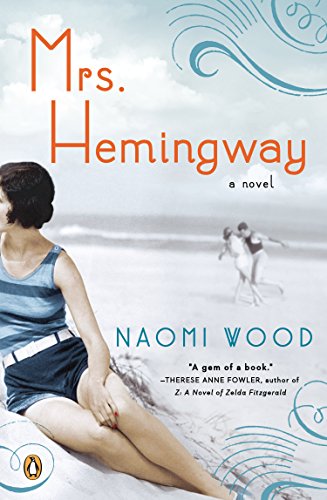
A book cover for Mrs. Hemingway: A Novel; Naomi Wood; Romance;